65_HS1-834228961_62-HQ-83894_Section_10
Agency: FBI
Page 45
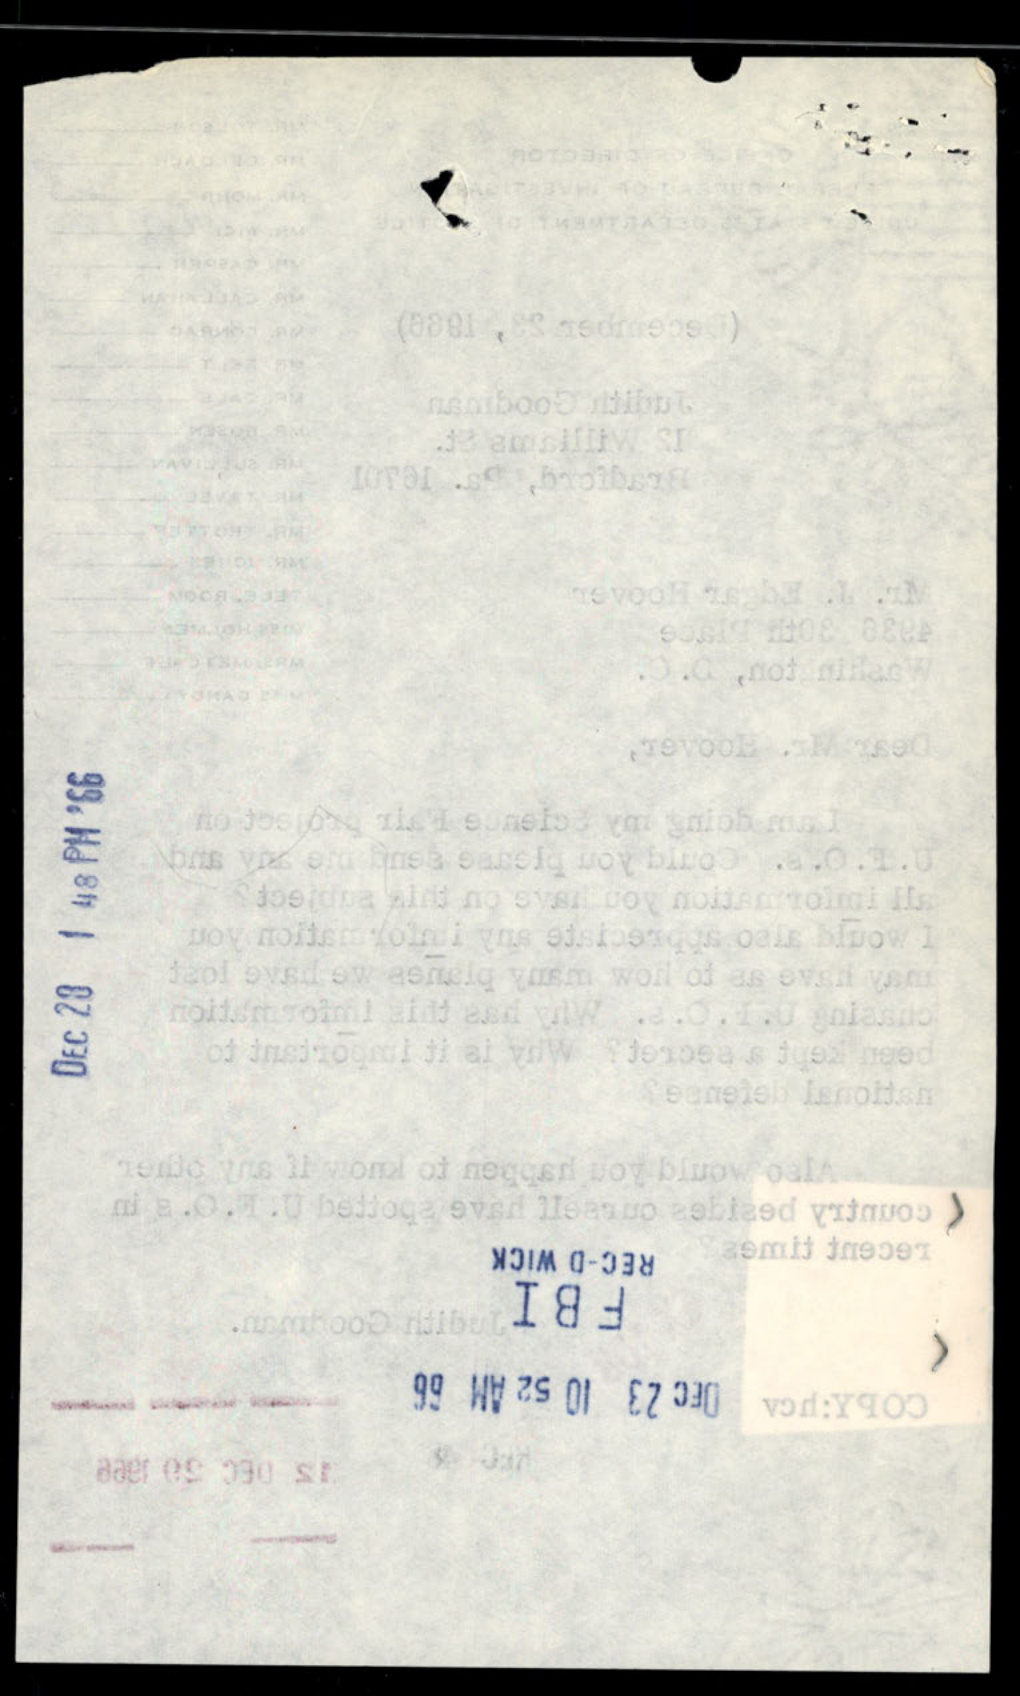